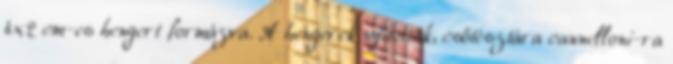
4x2 cm-es hengert formázva. A hengerek nyitottak, csőtésztára cannelloni-ra